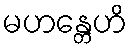
မဟန္တေဟိ